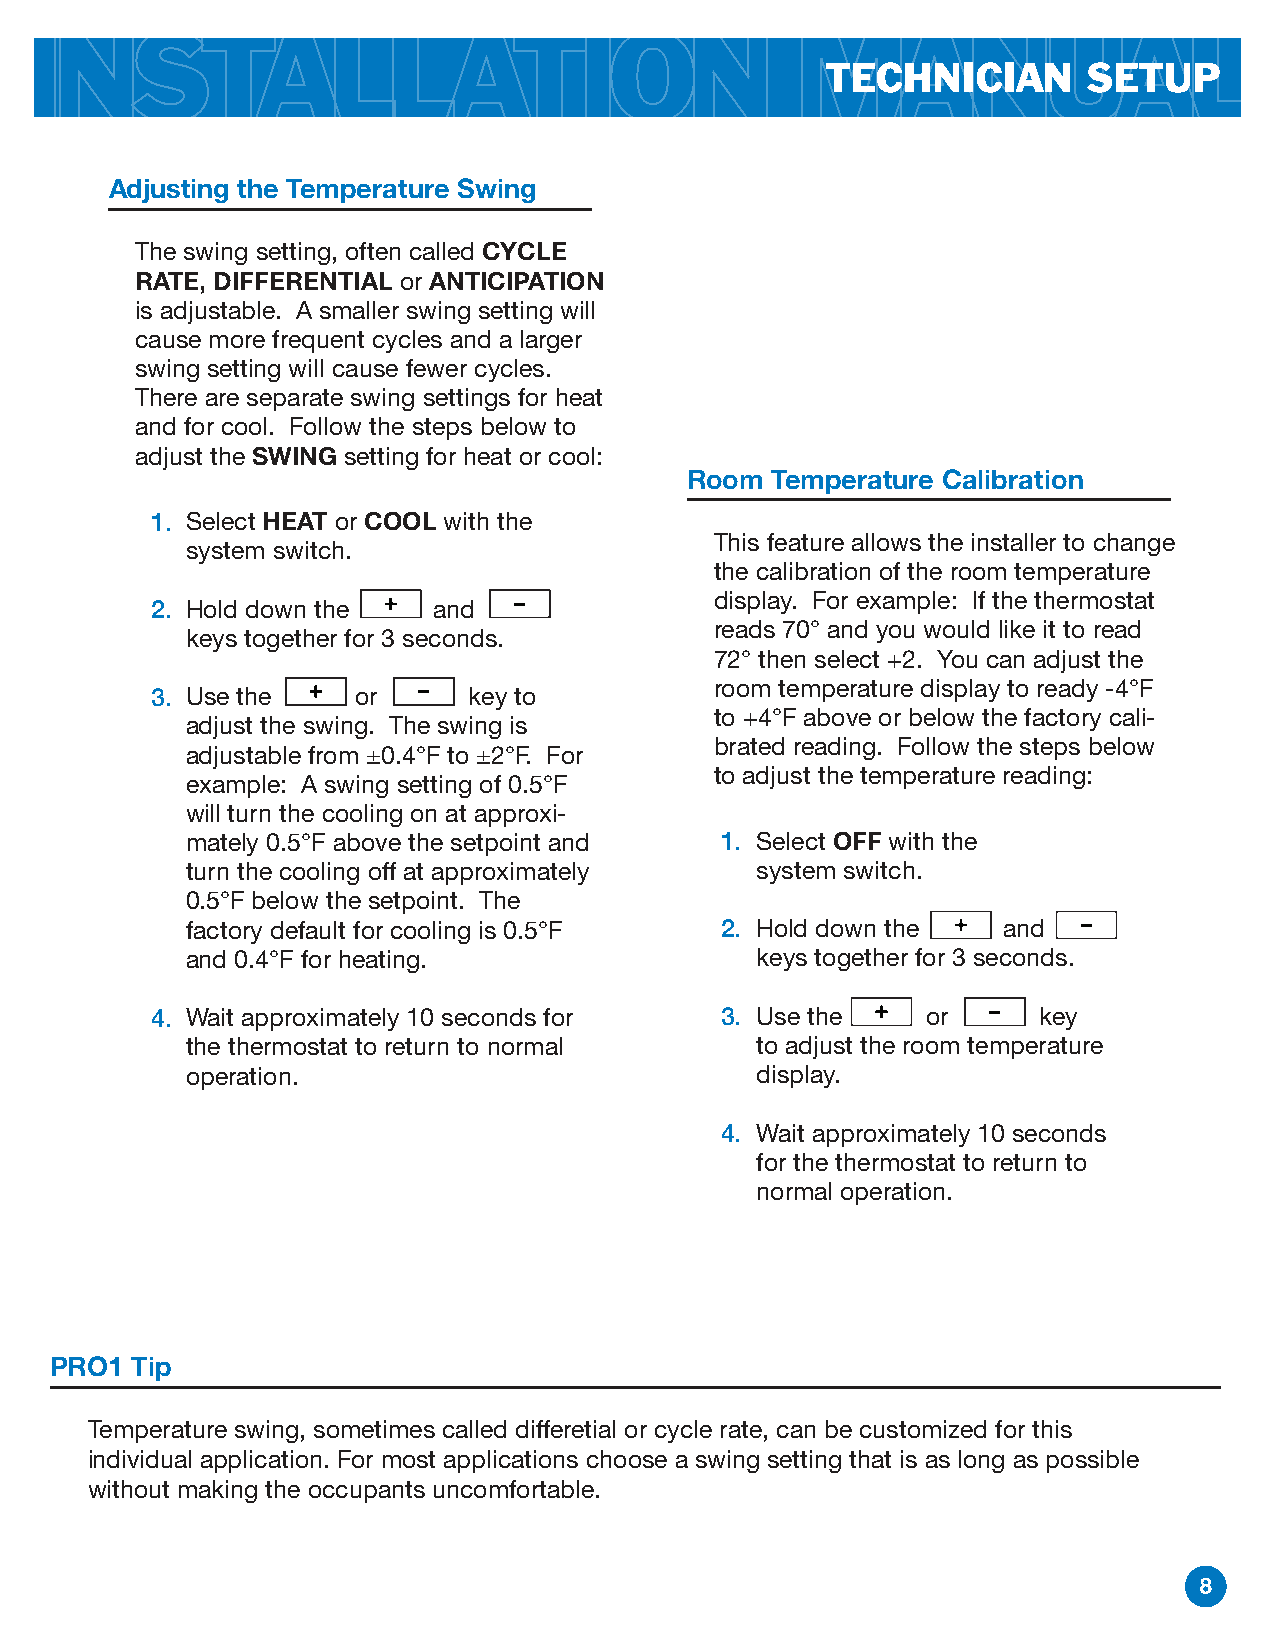
Adjusting the Temperature Swing
 The swing setting, often called CYCLE
 RATE, DIFFERENTIAL or ANTICIPATION
 is adjustable. A smaller swing setting will
 cause more frequent cycles and a larger
 swing setting will cause fewer cycles.
 There are separate swing settings for heat
 and for cool. Follow the steps below to
 adjust the SWING setting for heat or cool:
 Room Temperature Calibration
 1. Select HEAT or COOL with the
 This feature allows the installer to change
 system switch.
 the calibration of the room temperature
 display. For example: If the thermostat
 2. Hold down the   and
 reads 70° and you would like it to read
 keys together for 3 seconds.
 72° then select +2. You can adjust the
 room temperature display to ready -4°F
 3. Use the    or     key to
 to +4°F above or below the factory cali-
 adjust the swing. The swing is
 brated reading. Follow the steps below
 adjustable from ±0.4°F to ±2°F. For
 to adjust the temperature reading:
 example: A swing setting of 0.5°F
 will turn the cooling on at approxi-
 mately 0.5°F above the setpoint and 1. Select OFF with the
 turn the cooling off at approximately system switch.
 0.5°F below the setpoint. The
 factory default for cooling is 0.5°F 2. Hold down the and
 and 0.4°F for heating.                keys together for 3 seconds.
 4. Wait approximately 10 seconds for  3. Use the   or      key
 the thermostat to return to normal    to adjust the room temperature
 operation.                            display.
 4. Wait approximately 10 seconds
 for the thermostat to return to
 normal operation.
 PRO1  Tip
 Temperature swing, sometimes called differetial or cycle rate, can be customized for this
 individual application. For most applications choose a swing setting that is as long as possible
 without making the occupants uncomfortable.